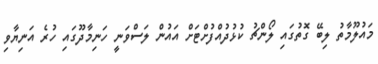
މައުލޫމާތު ލިބޭ ގޮތުގައި ލޯންޗު ކުޅުދުއްފުށްޓަށް އައުން ލަސްވަނީ ހަނިމާދޫގައި ހުރެ އަނިޔާވި